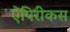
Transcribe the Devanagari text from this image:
ऐंपिरीकस